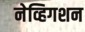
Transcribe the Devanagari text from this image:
नेव्हिगशन